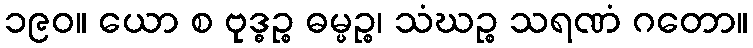
၁၉၀။ ယော စ ဗုဒ္ဓဉ္စ ဓမ္မဉ္စ၊ သံဃဉ္စ သရဏံ ဂတော။